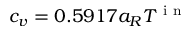
c _ { v } = 0 . 5 9 1 7 a _ { R } T ^ { \mathrm { ~ i ~ n ~ } }